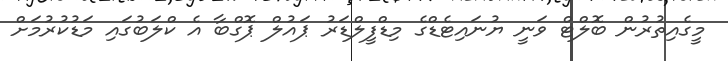
މީގެއިތުރުން ބޮލްޓް ވަނީ ޔުނައިޓެޑްގެ މިޑްފީލްޑަރު ޕައުލް ޕޮގްބާ އެ ކްލަބުގައި މަޑުކުރުމަށް